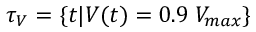
\tau _ { V } = \{ t | V ( t ) = 0 . 9 \; V _ { m a x } \}